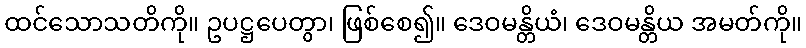
ထင်သောသတိကို။ ဥပဋ္ဌပေတွာ၊ ဖြစ်စေ၍။ ဒေဝမန္တိယံ၊ ဒေဝမန္တိယ အမတ်ကို။